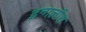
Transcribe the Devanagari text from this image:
इन्गलीश